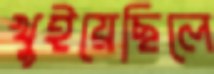
খুইয়েছিলে